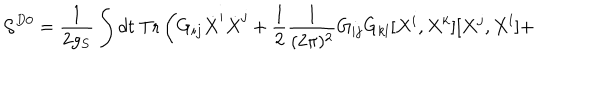
{ \cal S } ^ { D 0 } = \frac { 1 } { 2 g _ { S } } \int d t ~ \mathrm { T r } \left( G _ { i j } \dot { X } ^ { i } \dot { X } ^ { j } + \frac { 1 } { 2 } \frac { 1 } { ( 2 \pi ) ^ { 2 } } G _ { i j } G _ { k l } [ X ^ { i } , X ^ { k } ] [ X ^ { j } , X ^ { l } ] + \right.